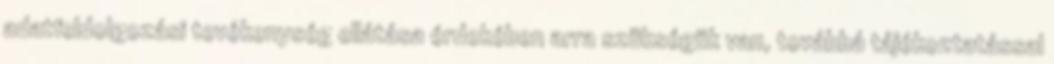
adatfeldolgozási tevékenység ellátása érdekében arra szükségük van, továbbá tájékoztatással